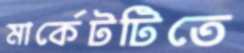
মার্কেটটিতে